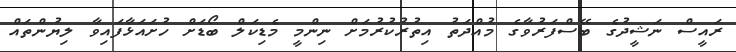
ރައީސް ނަޝީދުގެ ބޭސްފަރުވާގެ މުއްދަތު އިތުރުކުރުމަށް ނިންމީ މެޑިކަލް ބޯޑަށް ހުށައަޅާފައިވާ ލިޔުންތައް